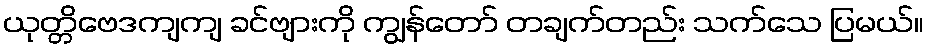
ယုတ္တိဗေဒကျကျ ခင်ဗျားကို ကျွန်တော် တချက်တည်း သက်သေ ပြမယ်။